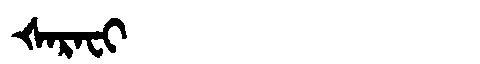
Manchu: ᡧᠠᡵᠠᠸᡳ
Romanization: ŠARAFI